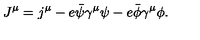
J ^ { \mu } = j ^ { \mu } - e { \bar { \psi } } \gamma ^ { \mu } \psi - e { \bar { \phi } } \gamma ^ { \mu } \phi .